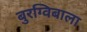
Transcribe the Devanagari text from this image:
बुरग्विबाला